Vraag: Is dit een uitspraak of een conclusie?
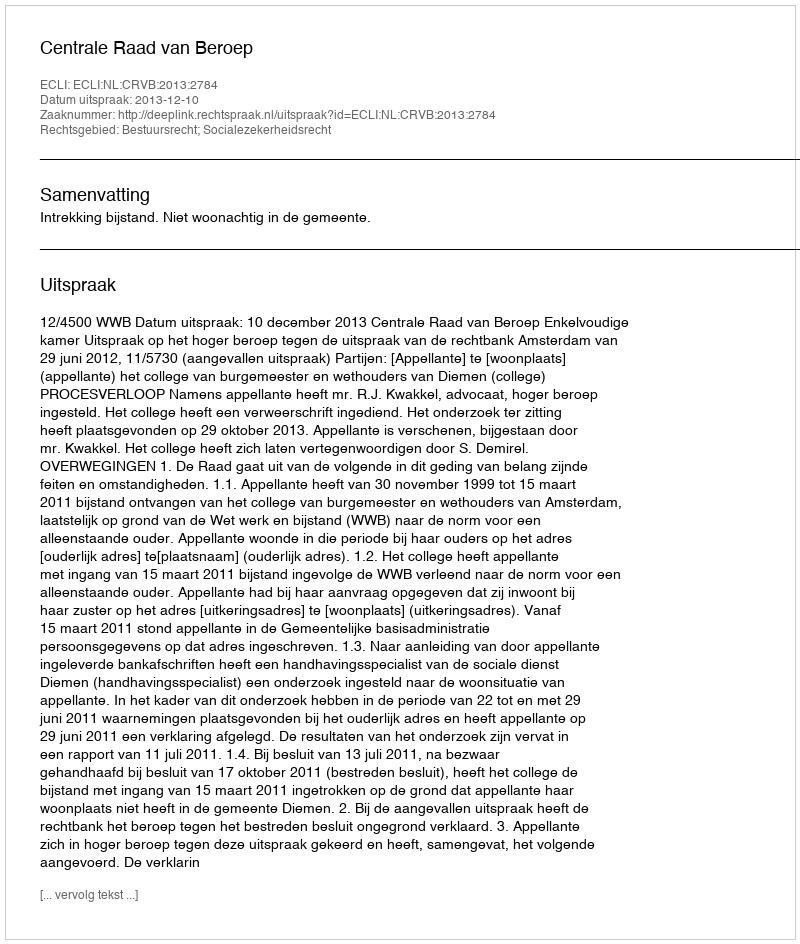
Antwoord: Uitspraak